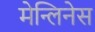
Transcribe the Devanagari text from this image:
मेन्लिनेस